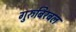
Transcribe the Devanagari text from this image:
गुरुबिरबल